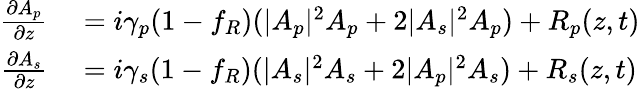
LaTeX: \begin{array}{rl}{\frac{\partial A_{p}}{\partial z}}&{{}=i\gamma_{p}(1-f_{R})(|A_{p}|^{2}A_{p}+2|A_{s}|^{2}A_{p})+R_{p}(z,t)}\\ {\frac{\partial A_{s}}{\partial z}}&{{}=i\gamma_{s}(1-f_{R})(|A_{s}|^{2}A_{s}+2|A_{p}|^{2}A_{s})+R_{s}(z,t)}\end{array}